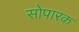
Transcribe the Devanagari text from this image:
सोपारक